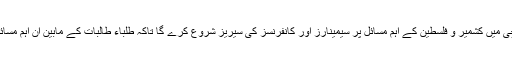
ان کا کہنا تھا کہ شعبہ سیاسیات جامعہ کراچی میں کشمیر و فلسطین کے اہم مسائل پر سیمینارز اور کانفرنسز کی سیریز شروع کرے گا تاکہ طلباء طالبات کے مابین ان اہم مسائل سے متعلق شعور و آگاہی فراہم کی جائے۔